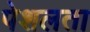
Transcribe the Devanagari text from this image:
पेशलता